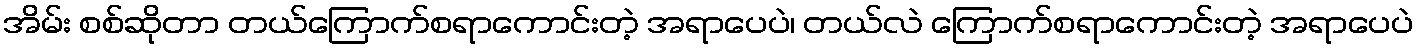
အိမ်း စစ်ဆိုတာ တယ်ကြောက်စရာကောင်းတဲ့ အရာပေပဲ၊ တယ်လဲ ကြောက်စရာကောင်းတဲ့ အရာပေပဲ